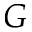
G